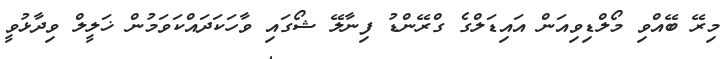
މިރޭ ބޭއްވި މޯލްޑިވިއަން އައިޑަލްގެ ގްރޭންޑު ފިނާލޭ ޝޯގައި ވާހަކަދައްކަވަމުން ޚަލީލް ވިދާޅުވީ